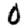
Digit: 0